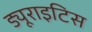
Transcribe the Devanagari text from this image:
ड्यूराइटिस